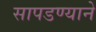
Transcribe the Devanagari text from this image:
सापडण्याने